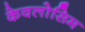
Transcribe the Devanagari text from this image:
केवलोसिम